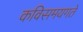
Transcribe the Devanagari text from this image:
कविसमयगते